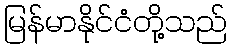
မြန်မာနိုင်ငံတို့သည်